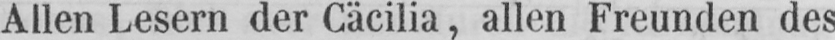
Allen Lesern der Cäcilia, allen Freunden des